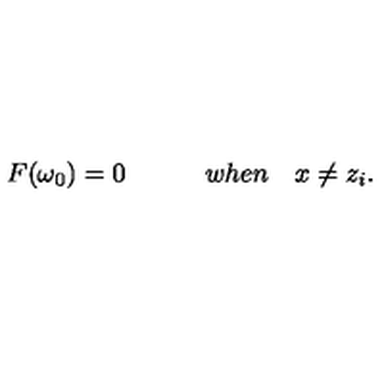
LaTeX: F ( \omega _ { 0 } ) = 0 \quad \quad \quad w h e n \quad x \neq z _ { i } .